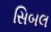
સિબલ